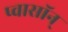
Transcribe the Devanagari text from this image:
प्वासॉन्‌